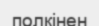
полкінен